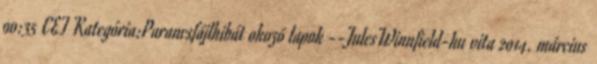
00:35 CET Kategória:Parancsfájlhibát okozó lapok --JulesWinnfield-hu vita 2014. március